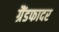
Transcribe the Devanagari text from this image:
ग्रैंडफादर